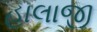
હાલાજી